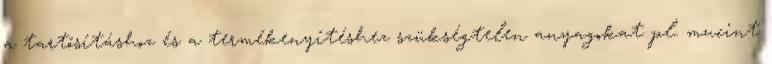
a tartósításhoz és a termékenyítéshez szükségtelen anyagokat pl. mucint